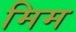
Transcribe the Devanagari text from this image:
मिम